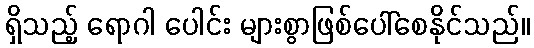
ရှိသည့် ရောဂါ ပေါင်း များစွာဖြစ်ပေါ်စေနိုင်သည်။